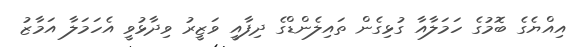
އިއްޔެގެ ބޮމުގެ ހަމަލާއާ ގުޅިގެން ތައިލެންޑްގެ ދިފާއީ ވަޒީރު ވިދާޅުވީ އެހަމަލާ އަމާޒު